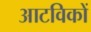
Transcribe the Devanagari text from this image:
आटविकों